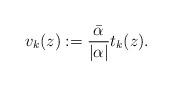
LaTeX: \begin{align*}v_k(z) := \frac{\bar \alpha}{|\alpha|} t_k(z).\end{align*}